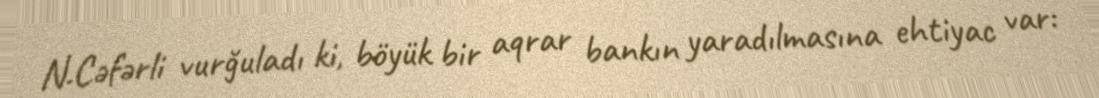
N.Cəfərli vurğuladı ki, böyük bir aqrar bankın yaradılmasına ehtiyac var: